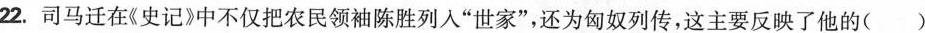
22.司马迁在《史记》中不仅把农民领袖陈胜列入”世家”，还为匈奴列传，这主要反映了他的()